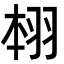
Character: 翉